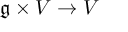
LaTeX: { \mathfrak { g } } \times V \to V